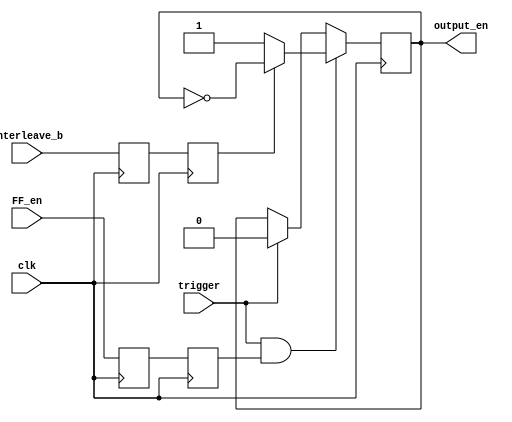
module Interleaver(
    input clk,
    input trigger,
    input Interleave_b,
	 input FF_en,
	 `ifdef XILINX_ISIM
		output reg output_en = 1'b1
	 `else
		output reg output_en = 1'b0
	 `endif
    );

(* shreg_extract = "no" *) reg Interleave = 1'b0, Interleave_a = 1'b0;
(* shreg_extract = "no" *) reg FF_en_a = 1'b0, FF_en_b = 1'b0;

always @(posedge clk) begin
	Interleave <= Interleave_a;
	Interleave_a <= Interleave_b;
	FF_en_a <= FF_en;
	FF_en_b <= FF_en_a;
	
	//output_en <= (trigger && Interleave) ? ~output_en : 1'b0;
	
	//if (trigger && Interleave) output_en <= ~output_en;
	if (trigger && FF_en_b) output_en <= (Interleave) ? ~output_en : 1'b1;
	else if (trigger) output_en <= 1'b0;
	else output_en <= output_en;
	//else if (trigger) output_en <= 1'b1;
	//else output_en <= output_en;
end
	
endmodule